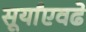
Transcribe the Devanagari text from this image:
सूर्यांएवढे